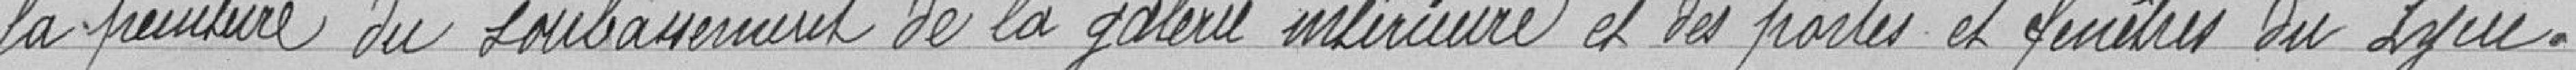
la peinture du soubassement de la galerie intérieure et des portes et fenêtres du Lycée